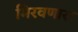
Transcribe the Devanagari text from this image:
मिरवणारा